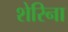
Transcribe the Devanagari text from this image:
शेरिना